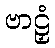
ဗာဠှံ